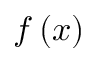
f \left( x \right)